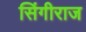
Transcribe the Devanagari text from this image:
सिंगीराज